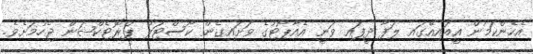
އެހެންކަމުން އީއައިއޭގައި ލަފާ ދީފައި ވަނީ އެއާޕޯޓުގެ ވަށައިގެން ކޯސްޓަލް ޕްރޮޓެކްޝަން ޖެހުމަށެވެ.